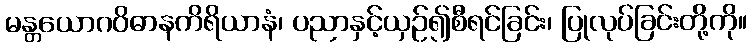
မန္တယောဂဝိဓာနကိရိယာနံ၊ ပညာနှင့်ယှဉ်၍စီရင်ခြင်း၊ ပြုလုပ်ခြင်းတို့ကို။